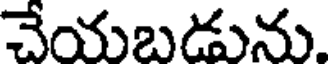
చేయబడును.